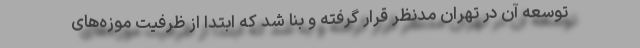
توسعه آن در تهران مدنظر قرار گرفته و بنا شد که ابتدا از ظرفیت موزه‌های